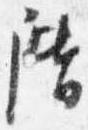
階